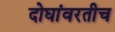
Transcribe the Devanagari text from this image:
दोघांवरतीच